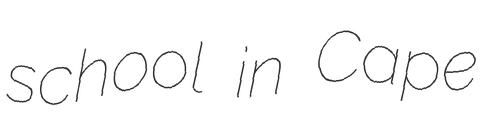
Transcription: school in Cape